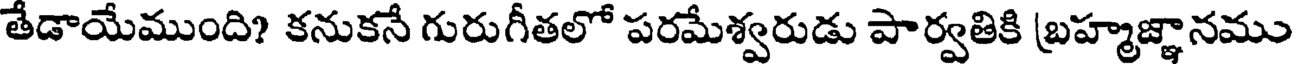
తేడాయేముంది? కనుకనే గురుగీతలో పరమేశ్వరుడు పార్వతికి బ్రహ్మజ్ఞానము